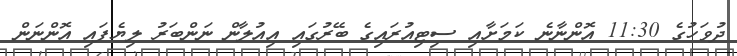
ދުވަހުގެ 11:30 އޮންނާނެ ކަމަށާއި ސިޓިއުރައިގެ ބޭރުގައި އިއުލާން ނަންބަރު ލިޔެފައި އޮންނަން